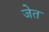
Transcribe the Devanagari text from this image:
जेत